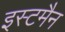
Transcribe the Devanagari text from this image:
इस्टमैन